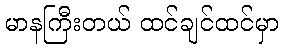
မာနကြီးတယ် ထင်ချင်ထင်မှာ